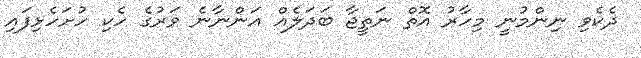
ދެކެވި ނިންމުނީ މިހާރު އޮތް ނަތީޖާ ބަދަލެއް އަންނާނެ ވަރުގެ ހެކި ހުށަހެޅިފައި